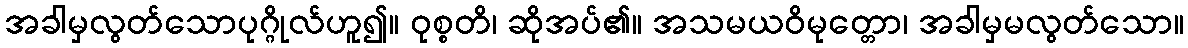
အခါမှလွတ်သောပုဂ္ဂိုလ်ဟူ၍။ ဝုစ္စတိ၊ ဆိုအပ်၏။ အသမယဝိမုတ္တော၊ အခါမှမလွတ်သော။